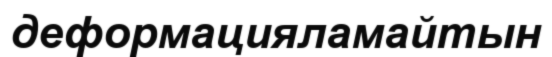
деформацияламайтын